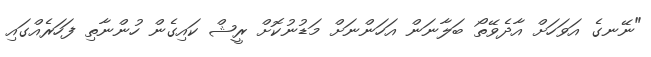
"ނޭނގެ އަވަހަށް އާދެވޭތޯ ބަލާނަން އަހަންނަށް މަޑުނުކޮށް ރީޝް ކައިގެން ހުންނާތި ފަހަރެއްގައި